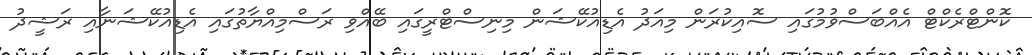
ކޮންޓްރެކްޓް އެއްބަސްވުމުގައި ސޮއިކުރަން މިއަދު އެޑިއުކޭޝަން މިނިސްޓްރީގައި ބޭއްވި ރަސްމިއްޔާތުގައި އެޑިއުކޭޝަނާއި ރަޝީދު